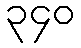
၃၄၀